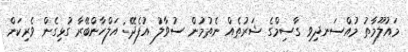
މައުލޫމާތު މުއްސަނދިވި ގާސިމްގެ ޝަރުތެއް ނެތުމުން ސުވާލު އުފެދޭ: އަލްހާންބޭރާ ގުޅިގެން ވެރިކަން